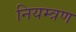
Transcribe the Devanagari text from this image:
नियम्त्रण